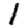
Digit: 1